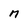
Character: M